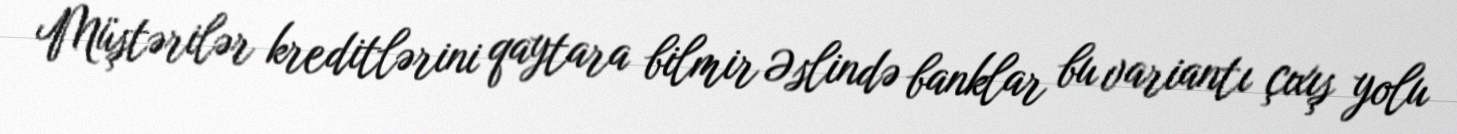
Müştərilər kreditlərini qaytara bilmir Əslində banklar bu variantı çıxış yolu